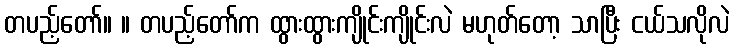
တပည့်တော်။ ။ တပည့်တော်က ထွားထွားကျိုင်းကျိုင်းလဲ မဟုတ်တော့ သာပြီး ငယ်သလိုလဲ